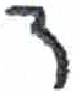
אות: ד